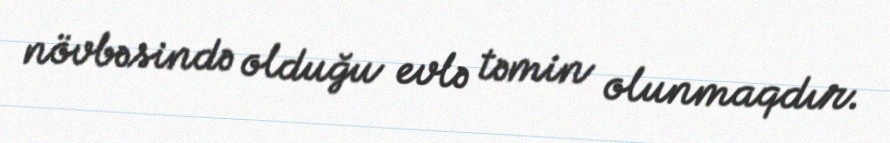
növbəsində olduğu evlə təmin olunmaqdır.